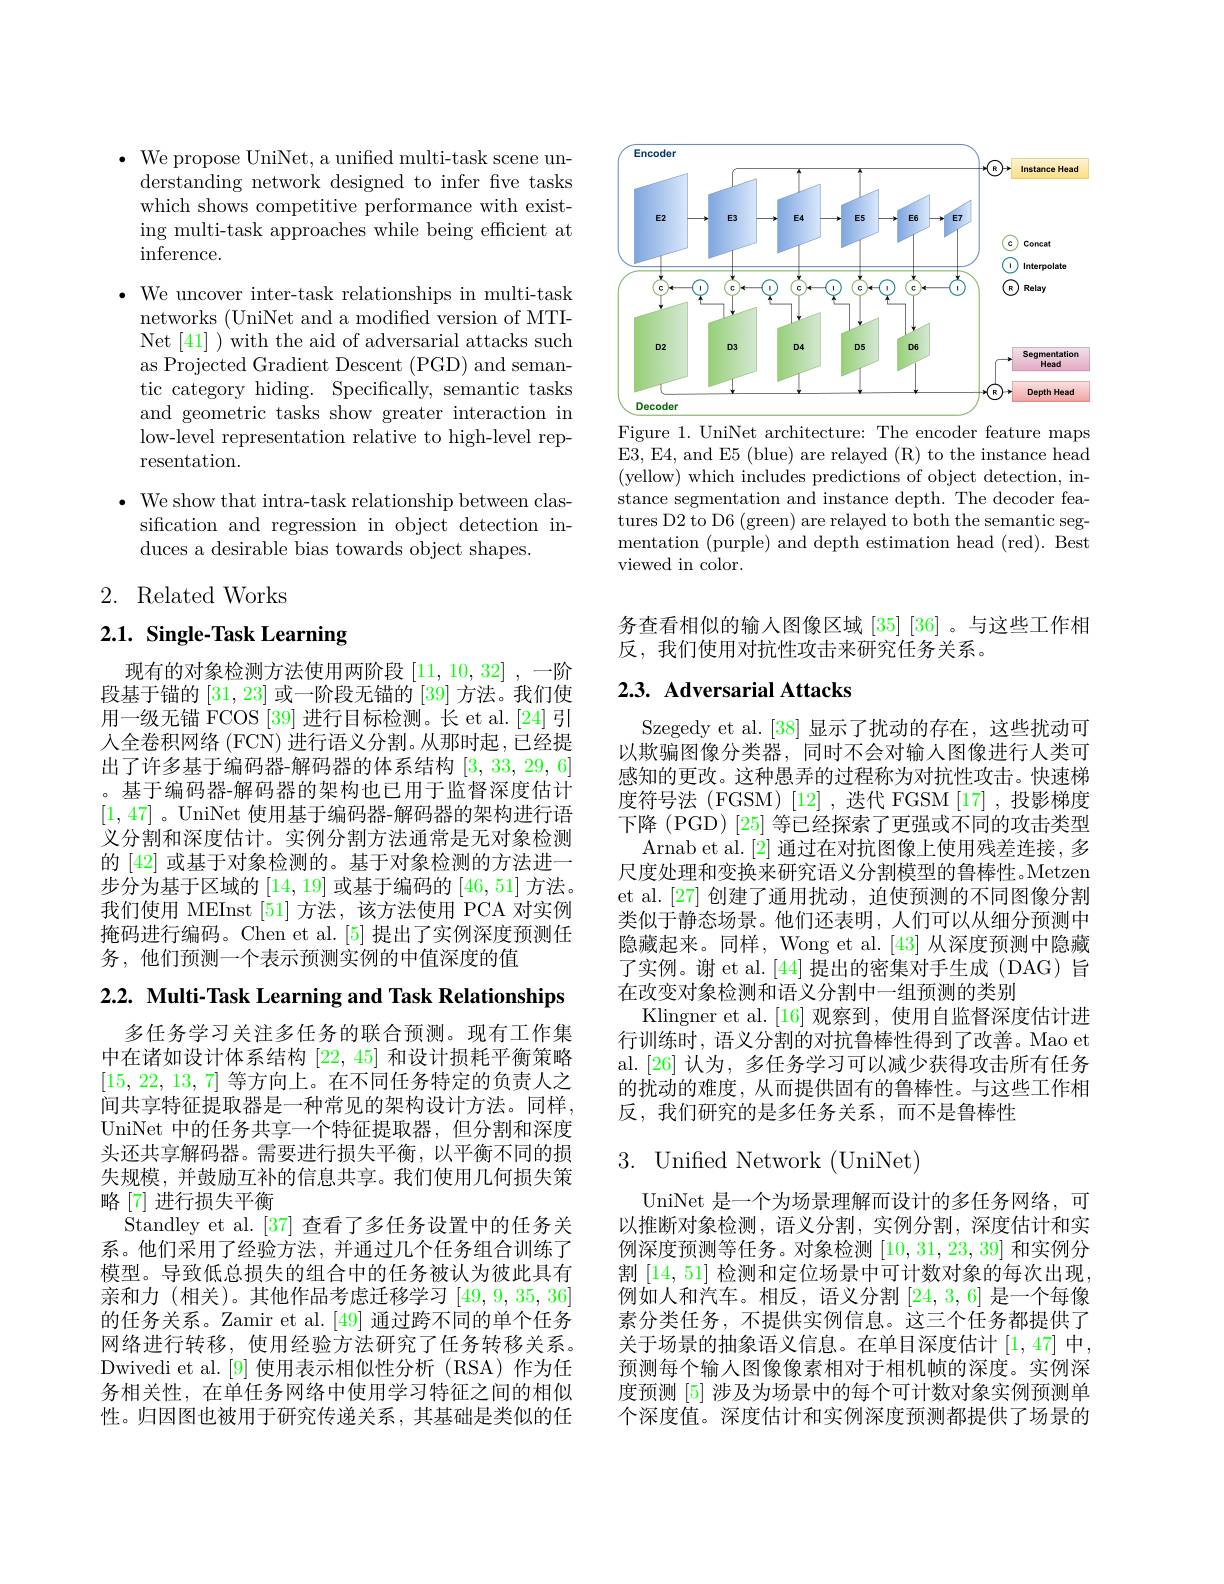
$\bullet$ We propose UniNet, a unified multi-task scene un-
derstanding network designed to infer fve tasks which shows competitive performance with existing multi-task approaches while being efficient at $\bar{\mathrm{inference.}}$

$\bullet$ We uncover inter-task relationships in multi-task
networks (UniNet and a modified version of MTINet [41] ) with the aid of adversarial attacks such as Projected Gradient Descent (PGD) and semantic category hiding. Specifically, semantic tasks and geometric tasks show greater interaction in low-level representation relative to high-level representation.

$\bullet$ We show that intra-task relationship between clas-
sification and regression in object detection in-
duces a desirable bias towards object shapes.

# 2. Related Works

# $2. 1. \textbf{ Single- Task Learning}$

现有的对象检测方法使用两阶段[11,10,32] ,一阶段基于锚的[31,23]或一阶段无锚的[39]方法。我们使用一级无锚 FCOS [39] 进行目标检测。长 et al.[24]引人全卷积网络 (FCN) 进行语义分割。从那时起，已经提出了许多基于编码器-解码器的体系结构[3,33,29,6] 。基于编码器-解码器的架构也已用于监督深度估计[1,47] 。UniNet 使用基于编码器-解码器的架构进行语义分割和深度估计。实例分割方法通常是无对象检测的 [42] 或基于对象检测的。基于对象检测的方法进一步分为基于区域的[14,19]或基于编码的[46,51]方法。我们使用 MEInst [51] 方法，该方法使用 PCA 对实例掩码进行编码。Chen et al.[5] 提出了实例深度预测任务，他们预测一个表示预测实例的中值深度的值

2.2. Multi-Task Learning and Task Relationships

多任务学习关注多任务的联合预测。现有工作集中在诸如设计体系结构[22,45]和设计损耗平衡策略[15, 22, 13, 7]等方向上。在不同任务特定的负责人之间共享特征提取器是一种常见的架构设计方法。同样， UniNet 中的任务共享一个特征提取器，但分割和深度头还共享解码器。需要进行损失平衡，以平衡不同的损失规模，并鼓励互补的信息共享。我们使用几何损失策略 [7] 进行损失平衡
Standley et al. [37] 查看了多任务设置中的任务关系。他们采用了经验方法，并通过几个任务组合训练了模型。导致低总损失的组合中的任务被认为彼此具有亲和力(相关)。其他作品考虑迁移学习[49,9,35,36] 的任务关系。Zamir et al.[49] 通过跨不同的单个任务网络进行转移，使用经验方法研究了任务转移关系。Dwivedi et al.[9]使用表示相似性分析(RSA)作为任务相关性，在单任务网络中使用学习特征之间的相似性。归因图也被用于研究传递关系，其基础是类似的任

<FigureHere>
Figure 1. UniNet architecture: The encoder feature maps

E3, E4, and E5 (blue) are relayed (R) to the instance head (yellow) which includes predictions of object detection, instance segmentation and instance depth. The decoder features D2 to D6 (green) are relayed to both the semantic segmentation (purple) and depth estimation head (red). Best viewed in color.

务查看相似的输入图像区域 [35] [36] 。与这些工作相
反，我们使用对抗性攻击来研究任务关系。

# 2.3. Adversarial Attacks

Szegedy et al.[38]显示了扰动的存在，这些扰动可以欺骗图像分类器，同时不会对输入图像进行人类可感知的更改。这种愚弄的过程称为对抗性攻击。快速梯度符号法 (FGSM) [12] ,迭代 FGSM [17] ,投影梯度下降 (PGD) [25] 等已经探索了更强或不同的攻击类型
Arnab et al. [2]通过在对抗图像上使用残差连接，多尺度处理和变换来研究语义分割模型的鲁棒性。Metzen et al.[27] 创建了通用扰动，迫使预测的不同图像分割类似于静态场景。他们还表明，人们可以从细分预测中隐藏起来。同样，Wong et al.[43] 从深度预测中隐藏了实例。谢 et al.[44]提出的密集对手生成(DAG)旨在改变对象检测和语义分割中一组预测的类别
Klingner et al.[16]观察到，使用自监督深度估计进行训练时，语义分割的对抗鲁棒性得到了改善。Mao et al.[26] 认为，多任务学习可以减少获得攻击所有任务的扰动的难度，从而提供固有的鲁棒性。与这些工作相反，我们研究的是多任务关系，而不是鲁棒性

## 3. Unified Network (UniNet)

UniNet 是一个为场景理解而设计的多任务网络，可以推断对象检测，语义分割，实例分割，深度估计和实例深度预测等任务。对象检测[10,31,23,39]和实例分割[14,51]检测和定位场景中可计数对象的每次出现例如人和汽车。相反，语义分割[24,3,6]是一个每像素分类任务，不提供实例信息。这三个任务都提供了关于场景的抽象语义信息。在单目深度估计[1,47]中预测每个输人图像像素相对于相机帧的深度。实例深度预测 [5] 涉及为场景中的每个可计数对象实例预测单个深度值。深度估计和实例深度预测都提供了场景的